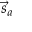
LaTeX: { \vec { s } } _ { a }